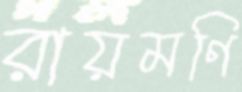
রায়মণি